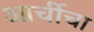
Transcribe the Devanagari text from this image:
आर्चीचा